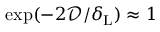
\exp ( - 2 \mathcal { D } / \delta _ { \mathrm { L } } ) \approx 1